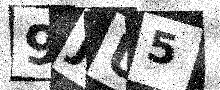
Text: 9JU5